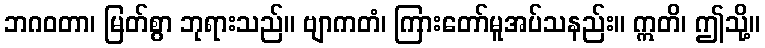
ဘဂဝတာ၊ မြတ်စွာ ဘုရားသည်။ ဗျာကတံ၊ ကြားတော်မူအပ်သနည်း။ ဣတိ၊ ဤသို့။